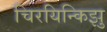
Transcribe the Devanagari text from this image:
चिरयिन्किझु